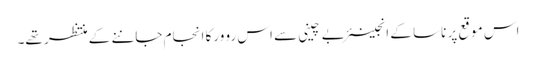
اس موقع پر ناسا کے انجینئر بے چینی سے اس رو ورکا انجام جاننے کے منتظر تھے۔